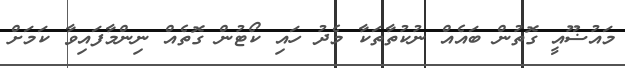
މައުޟޫއީ ގޮތުން ބައެއް ނުކުތާތަކާ މެދު ހައި ކޯޓުން ގޮތެއް ނިންމާފައިވާ ކަމަށް